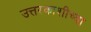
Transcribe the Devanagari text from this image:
उत्तरकाशीच्या